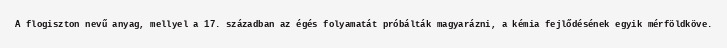
A flogiszton nevű anyag, mellyel a 17. században az égés folyamatát próbálták magyarázni, a kémia fejlődésének egyik mérföldköve.